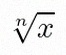
\sqrt[n]{x}